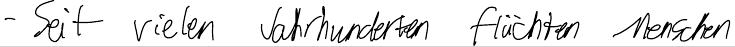
- Seit vielen Jahrhunderten flüchten Menschen